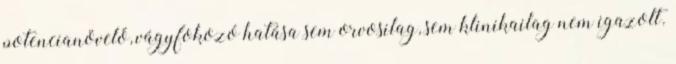
potencianövelő, vágyfokozó hatása sem orvosilag, sem klinikailag nem igazolt.